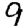
Digit: 9